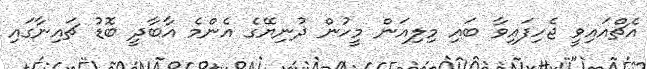
އެޗްއައިވީ ޖެހިފައިވާ ބައި މިލިއަން މީހުން ދުނިޔޭގެ އެންމެ އާބާދީ ބޮޑު ޗައިނާގައި